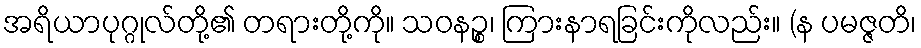
အရိယာပုဂ္ဂုလ်တို့၏ တရားတို့ကို။ သဝနဉ္စ၊ ကြားနာရခြင်းကိုလည်း။ (န ပမဇ္ဇတိ၊